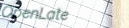
OpenLate